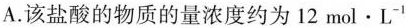
A.该盐酸的物质的量浓度约为12mol\cdotL-1^{-1}